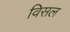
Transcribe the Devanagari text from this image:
विसल